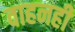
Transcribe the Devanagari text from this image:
वाहनही